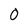
Character: 0